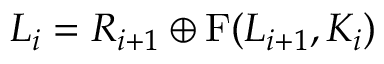
L _ { i } = R _ { i + 1 } \oplus \mathrm { { F } } ( L _ { i + 1 } , K _ { i } )